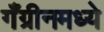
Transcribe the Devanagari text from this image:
गँग्रीनमध्ये